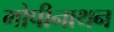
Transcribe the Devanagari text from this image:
गोपीनाथन